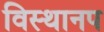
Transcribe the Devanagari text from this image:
विस्थानप